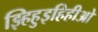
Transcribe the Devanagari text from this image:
झ्हिहुइहिहीओ